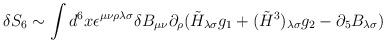
LaTeX: \begin{align*}\delta S_6 \sim \int d^6 x \epsilon^{\mu\nu\rho\lambda\sigma} \delta B_{\mu\nu}\partial_\rho (\tilde{H}_{\lambda\sigma} g_1 + (\tilde{H}^3)_{\lambda\sigma}g_2 - \partial_5 B_{\lambda\sigma})\end{align*}